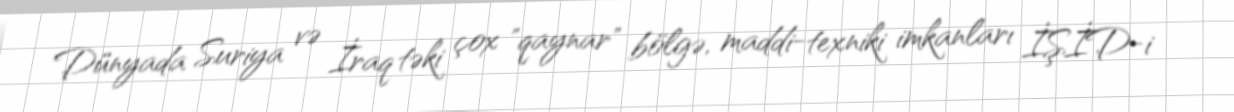
Dünyada Suriya və İraq təki çox "qaynar" bölgə, maddi-texniki imkanları İŞİD-i